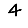
Digit: 4